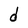
Character: d